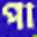
পা